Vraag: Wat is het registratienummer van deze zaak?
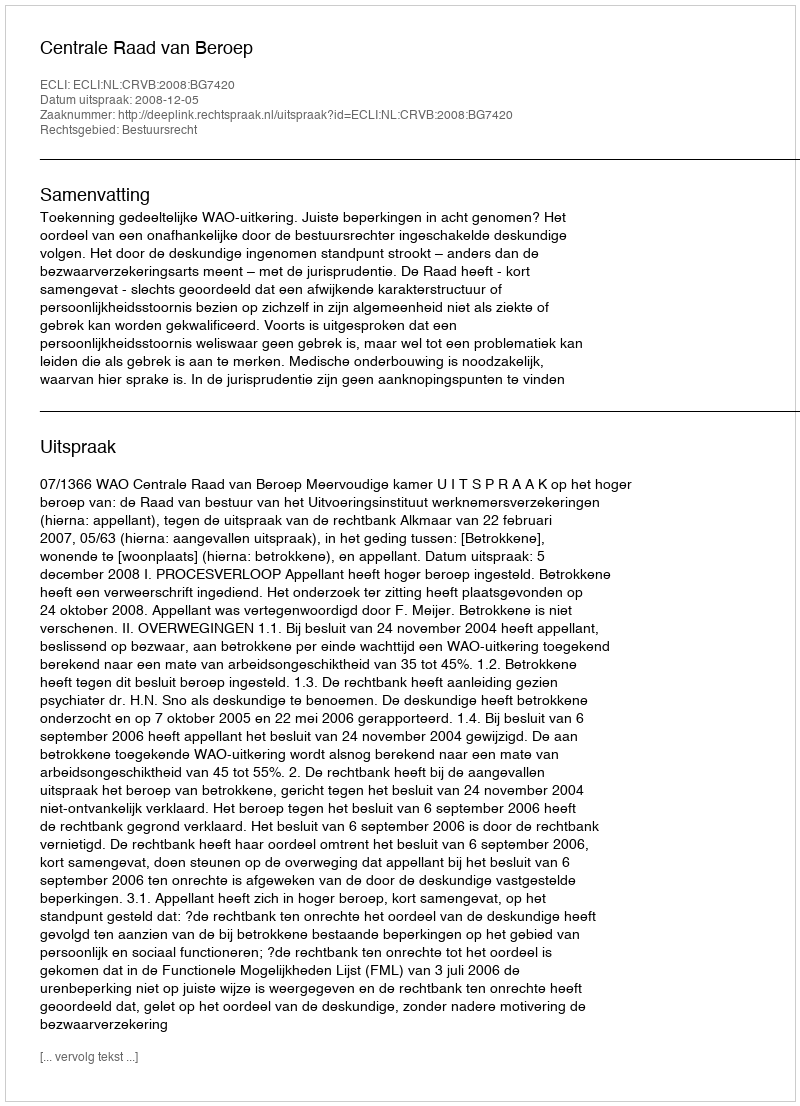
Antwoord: http://deeplink.rechtspraak.nl/uitspraak?id=ECLI:NL:CRVB:2008:BG7420